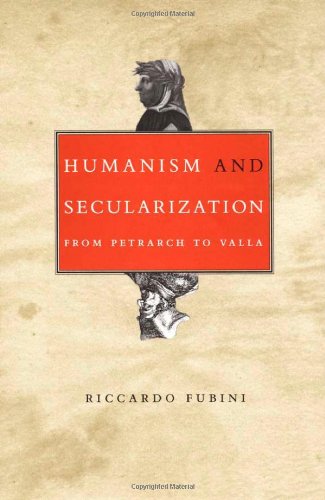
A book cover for Humanism and Secularization: From Petrarch to Valla (Duke Monographs in Medieval and Renaissance Studies); Riccardo Fubini; Politics & Social Sciences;